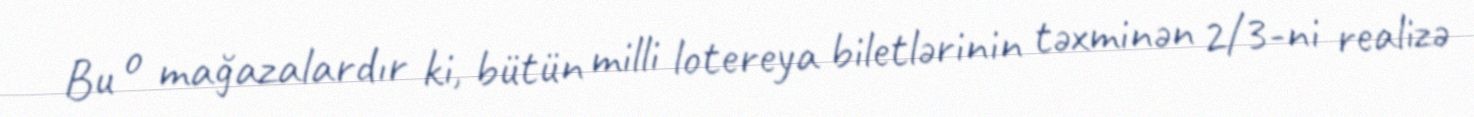
Bu o mağazalardır ki, bütün milli lotereya biletlərinin təxminən 2/3-ni realizə